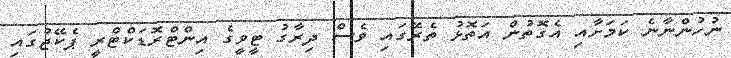
ނުހުންނާނެ ކަމަށާއި އެގޮތުން އަތޮޅު ތެރޭގައި ވެސް ދިރާގު ޓީވީގެ އިންޓްރޮޑަކްޓްރީ ޕެކޭޖުގައި